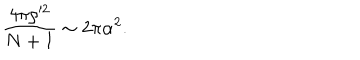
\frac { 4 \pi \rho ^ { \prime 2 } } { N + 1 } \sim 2 \pi \alpha ^ { 2 } .